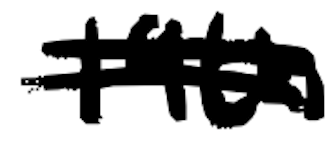
Text: 19th
Cross-out: double-line
Writing tool: digital_black